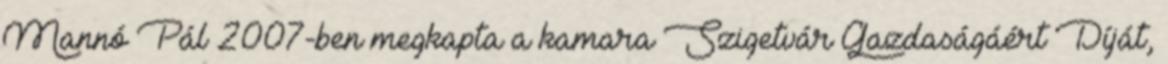
Mannó Pál 2007-ben megkapta a kamara Szigetvár Gazdaságáért Díját,